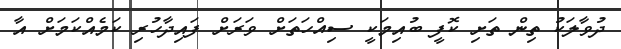
ދުވާލަކު ތިން ތަށި ކޮފީ ބުއިމަކީ ސިއްހަތަށް ވަރަށް ފައިދާހުރި ކަމެއްކަމަށް އާ